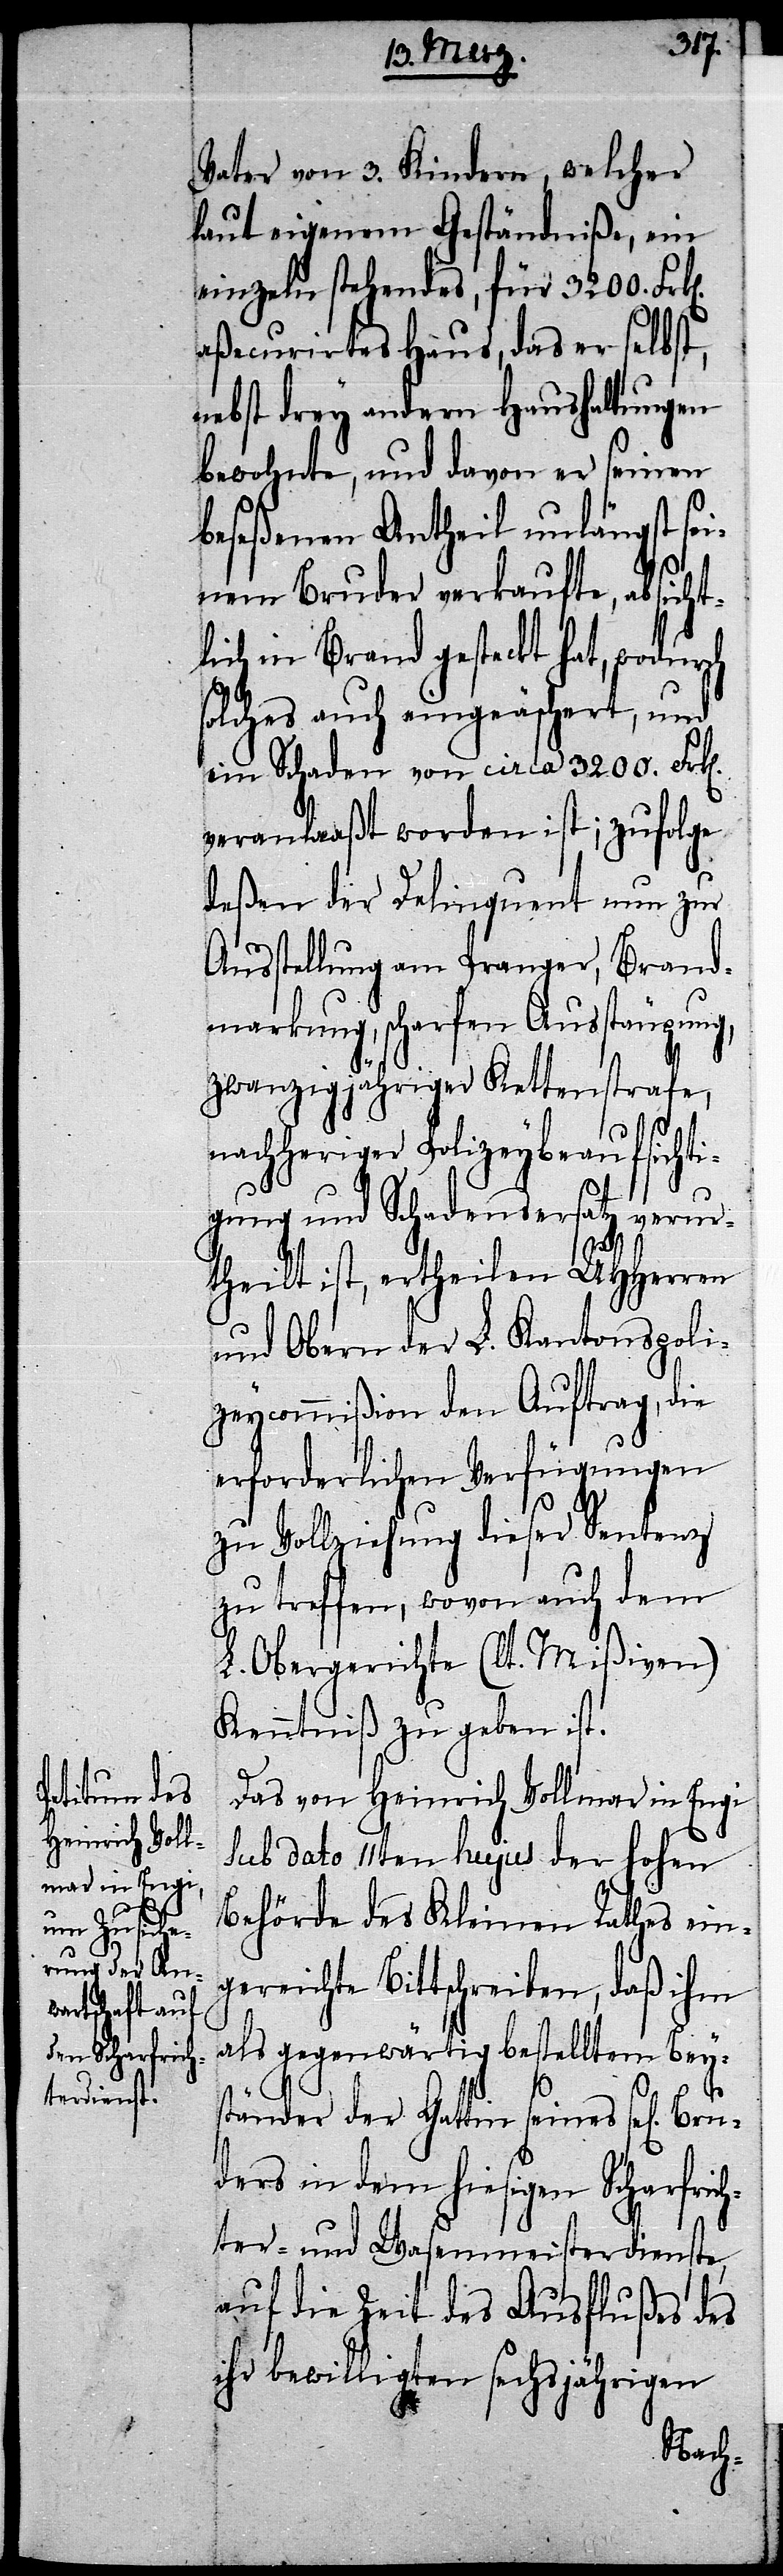
Bru¬
Vater von 3. Kindern, welcher
laut eigenem Geständniße, ein
einzeln stehendes, für 3200. Fr¬
aßecurirtes Haus, das er selbst,
nebst drey andern Haushaltungen
bewohnte, und davon er seinen
beseßenen Antheil unlängst se¬
inem Bruder verkaufte, absicht¬
lich in Brand gesteckt hat, wodurch
solches auch eingeäschert, und
ein Schaden von circa 3200. Frk[e¬
veranlaaßt worden ist; zufolge
deßen der Delinquent nun zur
Ausstellung am Pranger, Brand¬
markung, scharfen Ausstäupung,
zwanzigjähriger Kettenstrafe,
nachheriger Polizeybeaufsichti¬
gung und Schadensersatz verur¬
theilt ist, ertheilen UHHerren
und Obern der L. Kantonspoli¬
zeycommißion den Auftrag, die
erforderlichen Verfügungen
zu Vollziehung dieser Sentenz
zu treffen, wovon auch dem
L. Obergerichte (lt. Mißiven)
Kenntniß zu geben ist.
Das von Heinrich Vollmar in Engi
Sub dato 11ten hujus der hohen
Behörde des Kleinen Rathes ein¬
gereichte Bittschreiben, daß ihm
als gegenwärtig bestelltem Beys¬
tänder der Gattin seines sel[igen]
ders in dem hiesigen Scharfrich¬
ter- und Wasenmeisterdienste,
auf die Zeit des Ausflußes des
ihr bewilligten sechsjährigen